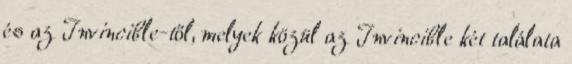
és az Invincible-től, melyek közül az Invincible két találata